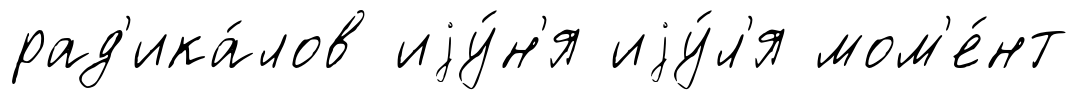
рад'ика́лов иjу́н'я иjу́л'я мом'е́нт